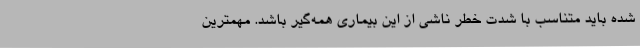
شده باید متناسب با شدت خطر ناشی از این بیماری همه‌گیر باشد. مهمترین